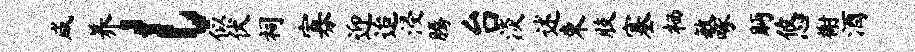
咸养l似伏祠寡迎迨浸腾台淡述束肢塞栖敏啄眄悠榭酒